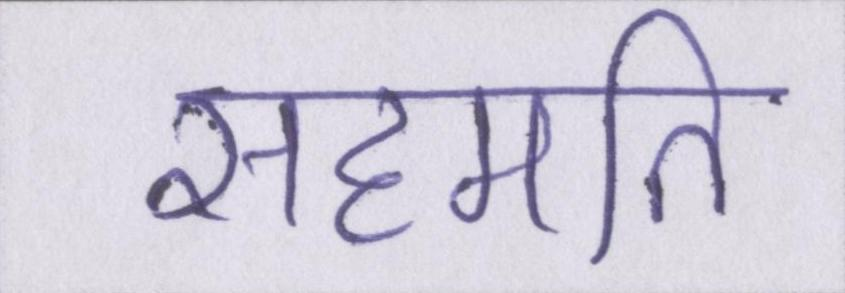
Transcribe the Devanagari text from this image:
सहमति